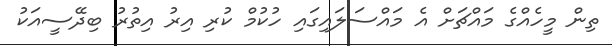
ތިން މީހެއްގެ މައްޗަށް އެ މައްސަލައިގައި ހުކުމް ކުރި އިރު އިތުރު ބިދޭސީއަކު